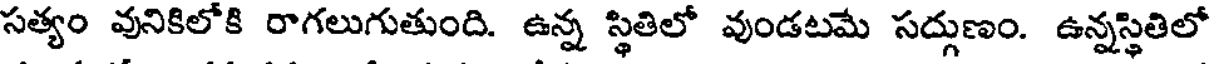
సత్యం వునికిలోకి రాగలుగుతుంది. ఉన్న స్థితిలో వుండటమే సద్గుణం. ఉన్నస్థితిలో